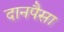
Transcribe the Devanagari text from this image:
दानपैसा